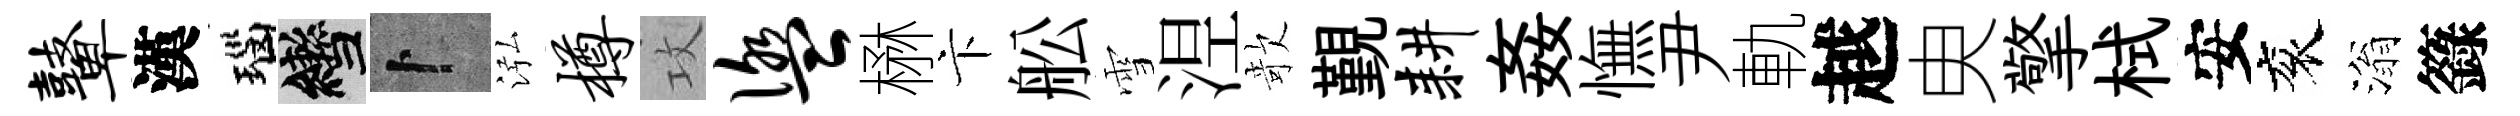
鼙漢瑙轡卜泓樽攻盥楙卞舩雪𣵀欹覲耕姦憮尹軌越㬰擎栻安衮滃籙